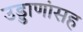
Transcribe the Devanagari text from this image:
उड्डाणांसह